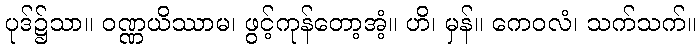
ပုဒ်၌သာ။ ဝဏ္ဏယိဿာမ၊ ဖွင့်ကုန်တော့အံ့။ ဟိ၊ မှန်။ ကေဝလံ၊ သက်သက်။